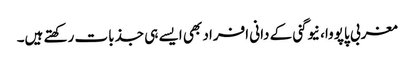
مغربی پاپووا، نیوگنی کے دانی افراد بھی ایسے ہی جذبات رکھتے ہیں۔